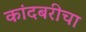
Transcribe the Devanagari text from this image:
कांदबरीचा